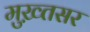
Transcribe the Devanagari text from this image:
मुख़्तसर